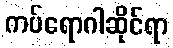
ကပ်ရောဂါဆိုင်ရာ